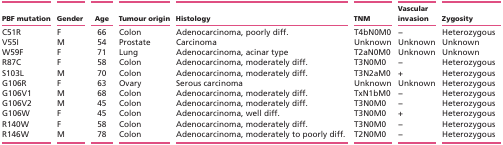
| PBF mutation | Gender | Age | Tumour origin | Histology | TNM | Vascular invasion | Zygosity |
 | --- | --- | --- | --- | --- | --- | --- | --- |
 | C51R | F | 66 | Colon | Adenocarcinoma, poorly diff. | T4bN0M0 | − | Heterozygous |
 | V55I | M | 54 | Prostate | Carcinoma | Unknown | Unknown | Unknown |
 | W59F | F | 71 | Lung | Adenocarcinoma, acinar type | T2aN0M0 | Unknown | Unknown |
 | R87C | F | 58 | Colon | Adenocarcinoma, moderately diff. | T3N0M0 | − | Heterozygous |
 | S103L | M | 70 | Colon | Adenocarcinoma, moderately diff. | T3N2aM0 | + | Heterozygous |
 | G106R | F | 63 | Ovary | Serous carcinoma | Unknown | Unknown | Heterozygous |
 | G106V1 | M | 68 | Colon | Adenocarcinoma, moderately diff. | TxN1bM0 | − | Heterozygous |
 | G106V2 | M | 45 | Colon | Adenocarcinoma, moderately diff. | T3N0M0 | − | Heterozygous |
 | G106W | F | 45 | Colon | Adenocarcinoma, well diff. | T3N0M0 | + | Heterozygous |
 | R140W | F | 58 | Colon | Adenocarcinoma, moderately diff. | T3N0M0 | − | Heterozygous |
 | R146W | M | 78 | Colon | Adenocarcinoma, moderately to poorly diff. | T2N0M0 | − | Heterozygous |